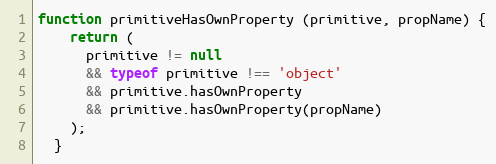
Language: JavaScript
function primitiveHasOwnProperty (primitive, propName) {
    return (
      primitive != null
      && typeof primitive !== 'object'
      && primitive.hasOwnProperty
      && primitive.hasOwnProperty(propName)
    );
  }